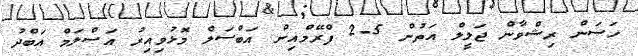
ހަސަން ރިޝްވާން ޖަލީލް އަތުން 5-2 ފްރޭމްއިން އަބްސަލް މޮޅުވިއިރު އަސްލަމް އަބްދު